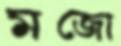
মজো